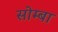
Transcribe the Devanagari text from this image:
सोम्बा